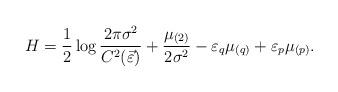
LaTeX: \begin{align*}H=\frac{1}{2} \log \frac{2 \pi \sigma^{2}}{C^{2}(\vec{\varepsilon})}+\frac{ \mu_{(2)}}{2\sigma^{2}} - \varepsilon_{q} \mu_{(q)}+\varepsilon_{p} \mu_{(p)}. \end{align*}